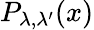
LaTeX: P_{\lambda,\lambda^{\prime}}(x)